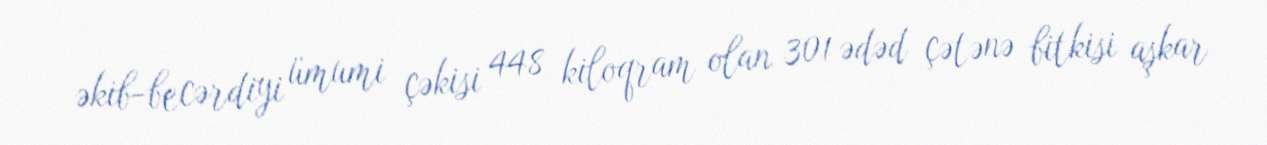
əkib-becərdiyi ümumi çəkisi 448 kiloqram olan 301 ədəd çətənə bitkisi aşkar